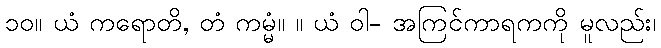
၁၀။ ယံ ကရောတိ, တံ ကမ္မံ။ ။ ယံ ဝါ- အကြင်ကာရကကို မူလည်း၊